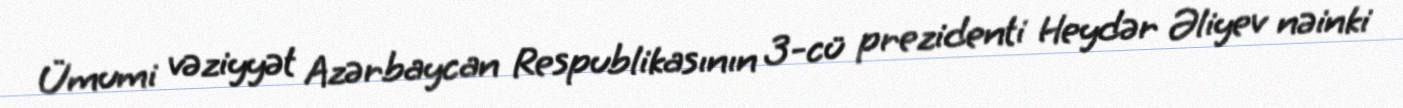
Ümumi vəziyyət Azərbaycan Respublikasının 3-cü prezidenti Heydər Əliyev nəinki